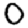
Digit: 0